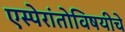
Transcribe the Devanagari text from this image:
एस्पेरांतोविषयीचे